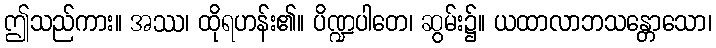
ဤသည်ကား။ အဿ၊ ထိုရဟန်း၏။ ပိဏ္ဍပါတေ၊ ဆွမ်း၌။ ယထာလာဘသန္တောသော၊